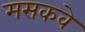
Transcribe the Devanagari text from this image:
मसकवे